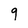
Character: 9